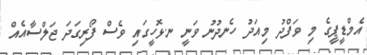
އެމްޑީޕީގެ މި ވަފްދު މިއަދު ހެނދުނު ވަނީ ނ.ޅޮހީގައި ވެސް ފޯރިގަދަ ޖަލްސާއެއް